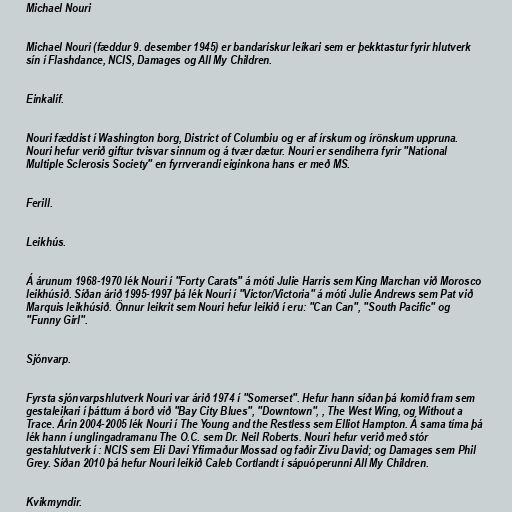
Michael Nouri

Michael Nouri (fæddur 9. desember 1945) er bandarískur leikari sem er þekktastur fyrir hlutverk
sín í Flashdance, NCIS, Damages og All My Children.

Einkalíf.

Nouri fæddist í Washington borg, District of Columbiu og er af írskum og írönskum uppruna.
Nouri hefur verið giftur tvisvar sinnum og á tvær dætur. Nouri er sendiherra fyrir "National
Multiple Sclerosis Society" en fyrrverandi eiginkona hans er með MS.

Ferill.

Leikhús.

Á árunum 1968-1970 lék Nouri í "Forty Carats" á móti Julie Harris sem King Marchan við Morosco
leikhúsið. Síðan árið 1995-1997 þá lék Nouri í "Victor/Victoria" á móti Julie Andrews sem Pat við
Marquis leikhúsið. Önnur leikrit sem Nouri hefur leikið í eru: "Can Can", "South Pacific" og
"Funny Girl".

Sjónvarp.

Fyrsta sjónvarpshlutverk Nouri var árið 1974 í "Somerset". Hefur hann síðan þá komið fram sem
gestaleikari í þáttum á borð við "Bay City Blues", "Downtown", , The West Wing, og Without a
Trace. Árin 2004-2005 lék Nouri í The Young and the Restless sem Elliot Hampton. Á sama tíma þá
lék hann í unglingadramanu The O.C. sem Dr. Neil Roberts. Nouri hefur verið með stór
gestahlutverk í : NCIS sem Eli Davi Yfirmaður Mossad og faðir Zivu David; og Damages sem Phil
Grey. Síðan 2010 þá hefur Nouri leikið Caleb Cortlandt í sápuóperunni All My Children.

Kvikmyndir.